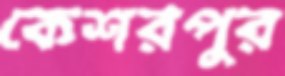
কেশরপুর